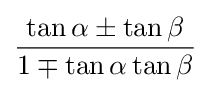
{\frac {\tan \alpha \pm \tan \beta }{1\mp \tan \alpha \tan \beta }}